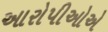
આરોપીઓએ